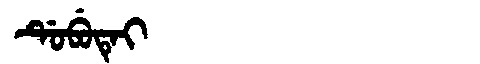
Manchu: ᡩᡠᠪᡠᡨᡝᡳ
Romanization: DUBUTEI